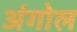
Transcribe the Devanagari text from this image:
अंगोल